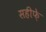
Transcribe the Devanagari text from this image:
सहीफे़